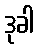
ဒုခါ